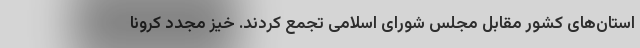
استان‌های کشور مقابل مجلس شورای اسلامی تجمع کردند. خیز مجدد کرونا